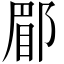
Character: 郿